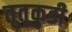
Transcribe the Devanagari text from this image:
तूतूकुडी